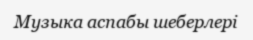
Музыка аспабы шеберлері